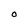
Character: O